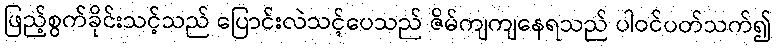
ဖြည့်စွက်ခိုင်းသင့်သည် ပြောင်းလဲသင့်ပေသည် ဇိမ်ကျကျနေရသည် ပါဝင်ပတ်သက်၍